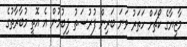
މާޒިޔާގެ ކޯޗަށް ހަތަރު ވަނަ ބަރިން ފުރުސަތު ލިބުމުން އެ އޮތީ މުބާރާތުގެ